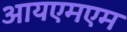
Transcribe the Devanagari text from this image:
आयएमएम